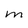
Character: m